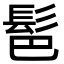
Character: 䯲